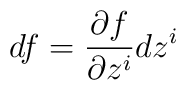
df = \frac{\partial f}{\partial z^i} dz^i